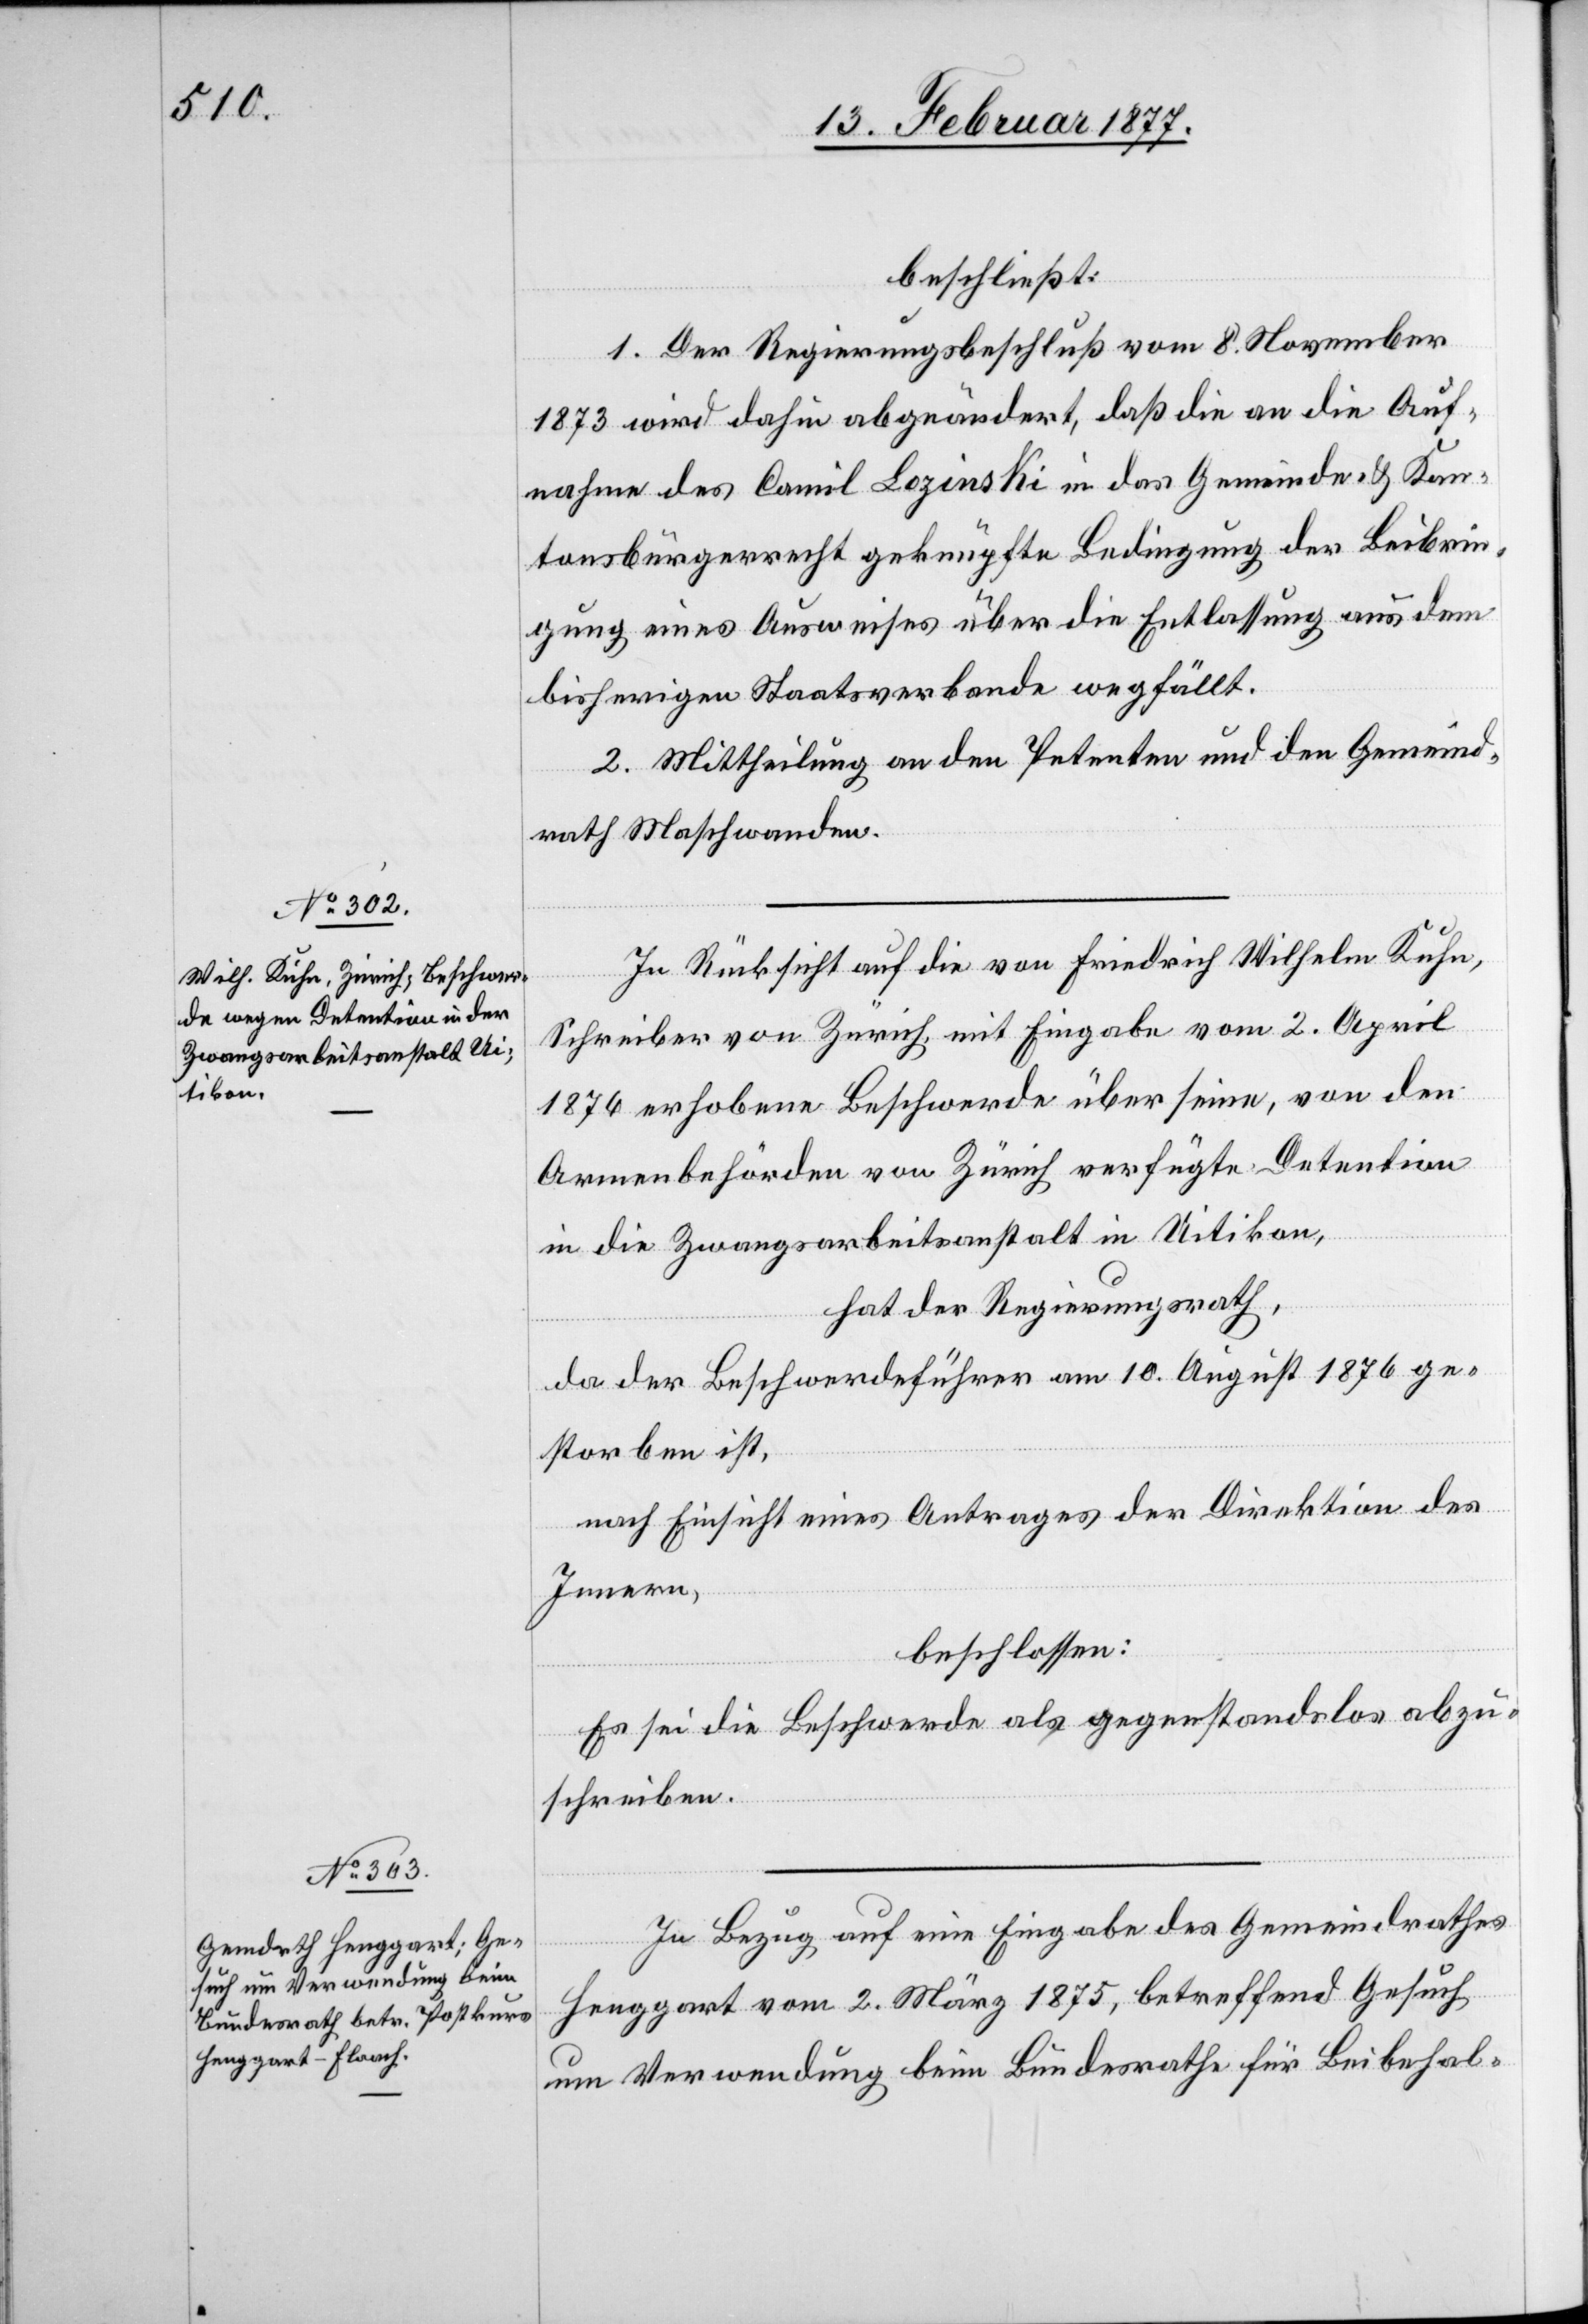
beschließt:
1. Der Regierungsbeschluß vom 8. November
1873 wird dahin abgeändert, daß die an die Auf¬
nahme des Camil Lozinski in das Gemeinde- & Kan¬
tonsbürgerrecht geknüpfte Bedingung der Beibrin¬
gung eines Ausweises über die Entlassung aus dem
bisherigen Staatsverbande wegfällt.
2. Mittheilung an den Petenten und den Gemeind¬
rath Maschwanden.
In Rücksicht auf die von Friedrich Wilhelm Kuhn,
Schreiber von Zürich mit Eingabe vom 2. April
1876 erhobene Beschwerde über seine, von den
Armenbehörden von Zürich verfügte Detention
in der Zwangsarbeitsanstalt in Uitikon,
hat der Regierungsrath,
da der Beschwerdeführer am 10. April 1876 ge¬
storben ist,
nach Einsicht eines Antrages der Direktion des
Innern,
beschlossen:
Es sei die Beschwerde als gegenstandslos abzu¬
schreiben.
In Bezug auf eine Eingabe des Gemeindrathes
Henggart vom 2. März 1875, betreffend Gesuch
um Verwendung beim Bundesrathe für Beibehal-